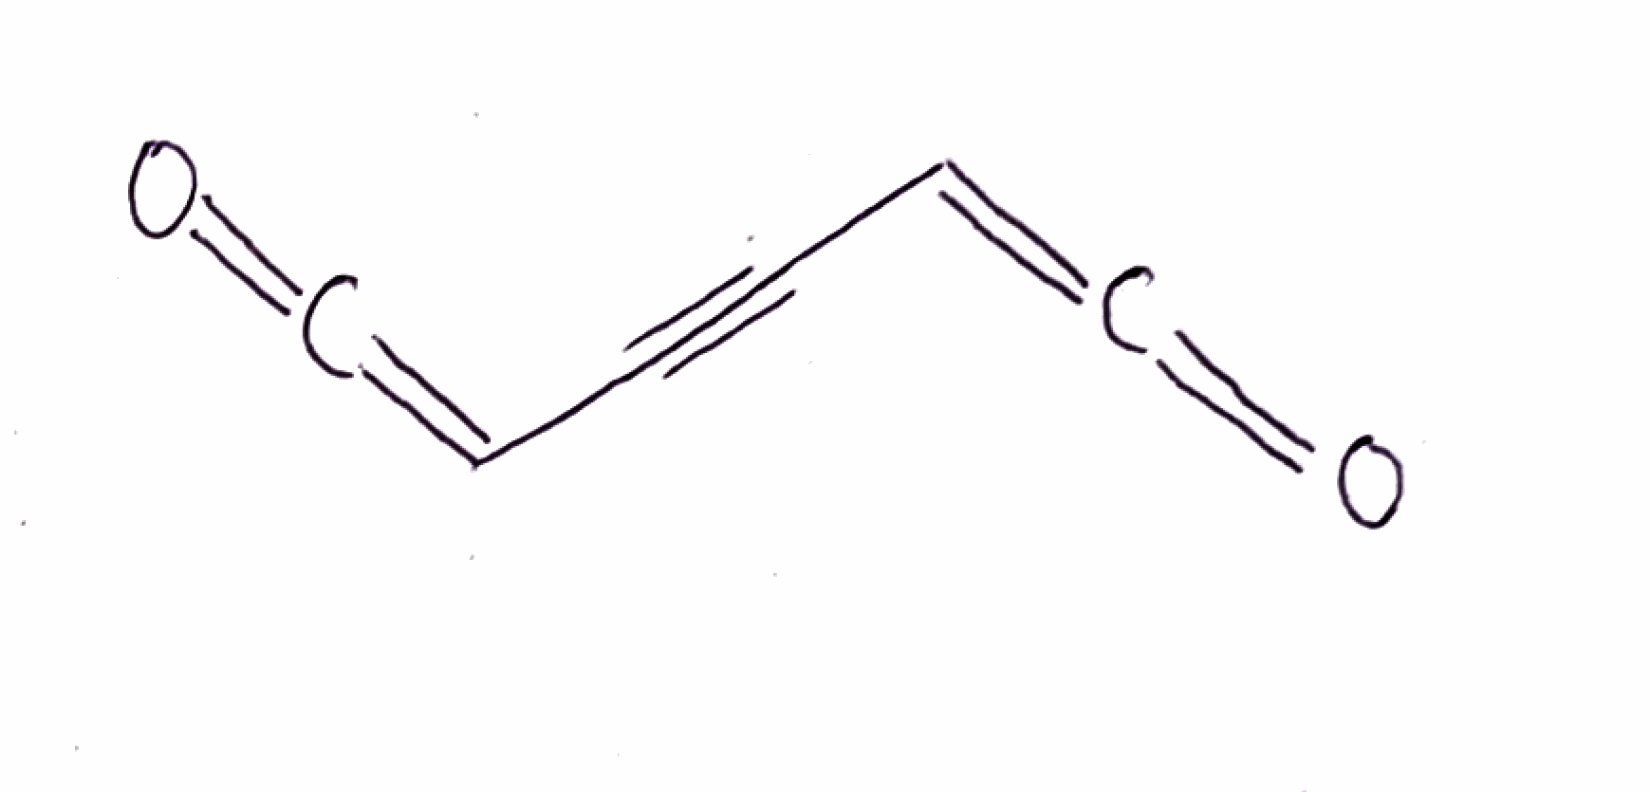
Simplified molecular-input line-entry system (SMILES) notation of the given molecule:
C(=C=O)C#CC=C=O